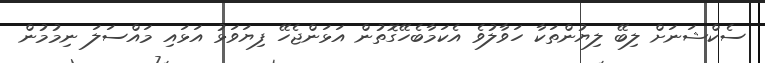
ސެކްޝަނަށް ލިބޭ ލިޔުންތަކާ ހަވާލުވެ އެކަމާބެހޭގޮތުން އަޅަންޖެހޭ ފިޔަވަޅު އަޅައި މައްސަލަ ނިމުމުން